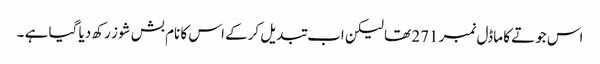
اس جوتے کا ماڈل نمبر 271 تھا لیکن اب تبدیل کرکے اس کا نام بش شوز رکھ دیا گیا ہے ۔